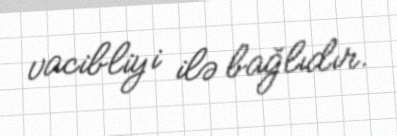
vacibliyi ilə bağlıdır.